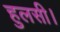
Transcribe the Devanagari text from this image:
हुलसी।